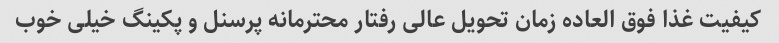
کیفیت غذا فوق العاده زمان تحویل عالی رفتار محترمانه پرسنل و پکینگ خیلی خوب